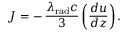
J = - \, \frac { \lambda _ { \mathrm { r a d } } c } { 3 } \left( \frac { d u } { d z } \right) .